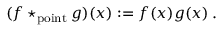
( f \star _ { \mathrm { p o i n t } } g ) ( x ) : = f ( x ) g ( x ) \, .